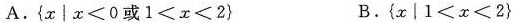
A.$${x │ x ≤ 0 或 1 < x < 2}$$ B.$${ x |1 x 2 }$$